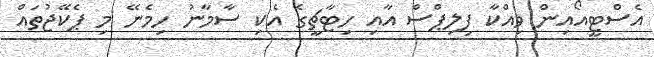
އެސްޓީއޯއިން ވިއްކާ ފިލިޕްސް އާއި ހިޓާޗީގެ އެކި ސާމާނު ހިމެނޭ މި ޕެކޭޖުތައް